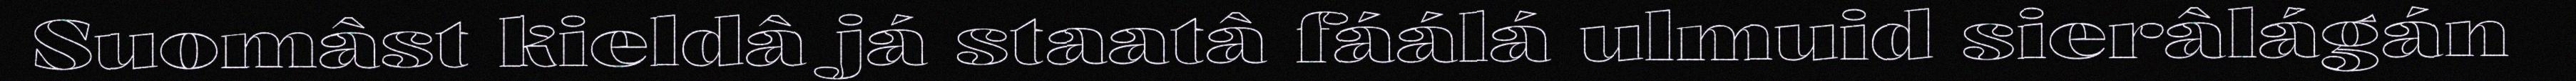
Suomâst kieldâ já staatâ fáálá ulmuid sierâlágán